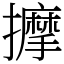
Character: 擵